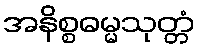
အနိစ္စဓမ္မသုတ္တံ